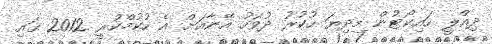
ދިއްލީ ހައިކޯޓުން މިދިޔަ ހުކުރު ދުވަހު އޭނާއަށް އެ ހުކުމްކުރީ 2012 ގައި